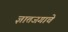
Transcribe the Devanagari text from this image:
ज्ञातजगाचे